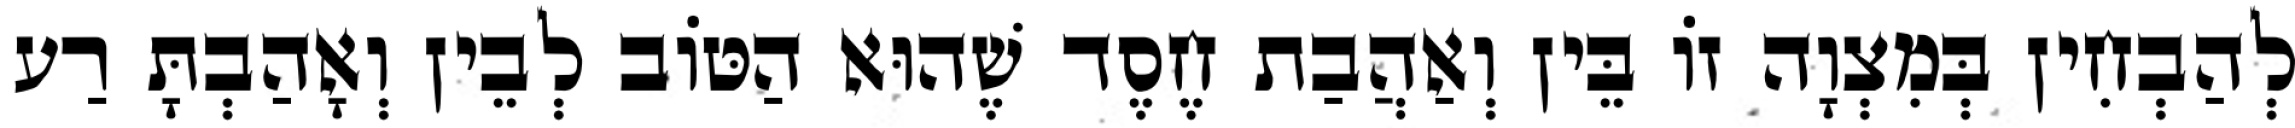
לְהַבְחִין בְּמִצְוָה זוֹ בֵּין וְאַהֲבַת חֶסֶד שֶׁהוּא הַטּוֹב לְבֵין וְאָהַבְתָּ רַע